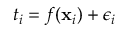
t _ { i } = f ( \mathbf { x } _ { i } ) + \epsilon _ { i }